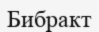
Бибракт